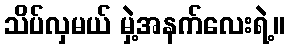
သိပ်လှမယ် မှဲ့အနက်လေးရဲ့။